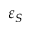
\varepsilon _ { S }